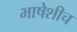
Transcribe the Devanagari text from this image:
भाषेशीच